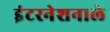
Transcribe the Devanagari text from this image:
इंटरनेशनाले